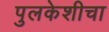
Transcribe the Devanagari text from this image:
पुलकेशीचा